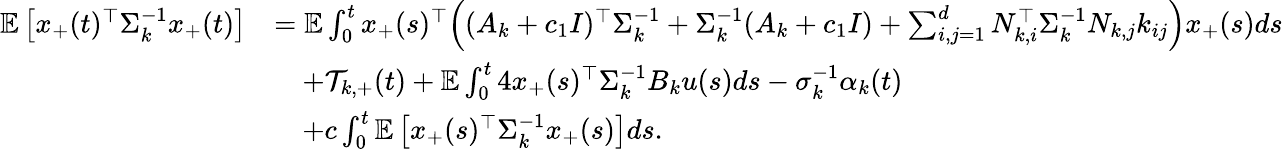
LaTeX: \begin{array}{rl}{\mathbb E\left[x_{+}(t)^{\top}\Sigma_{k}^{-1}x_{+}(t)\right]}&{=\mathbb E\int_{0}^{t}x_{+}(s)^{\top}\Big((A_{k}+c_{1}I)^{\top}\Sigma_{k}^{-1}+\Sigma_{k}^{-1}(A_{k}+c_{1}I)+\sum_{i,j=1}^{d}N_{k,i}^{\top}\Sigma_{k}^{-1}N_{k,j}k_{ij}\Big)x_{+}(s)ds}\\ &{\quad+\mathcal T_{k,+}(t)+\mathbb E\int_{0}^{t}4x_{+}(s)^{\top}\Sigma_{k}^{-1}B_{k}u(s)ds-\sigma_{k}^{-1}\alpha_{k}(t)}\\ &{\quad+c\int_{0}^{t}\mathbb E\left[x_{+}(s)^{\top}\Sigma_{k}^{-1}x_{+}(s)\right]ds.}\end{array}